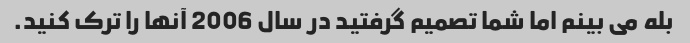
بله می بینم اما شما تصمیم گرفتید در سال 2006 آنها را ترک کنید.